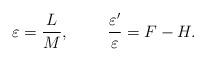
LaTeX: \begin{align*}\varepsilon = \frac{L}{M},~~~~~~~\frac{\varepsilon'}{\varepsilon} = F - H.\end{align*}